King Institute of Preventive Medicine Micro-Biological Section reports 1909-11
Year: 1909
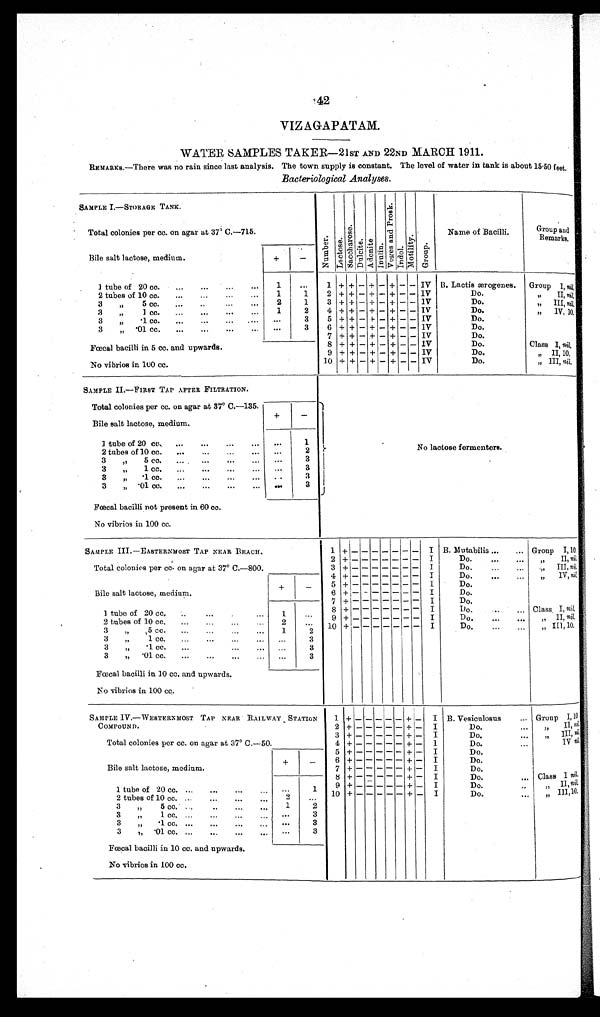
42
42
42
VIZAGAPATAM.
WATER SAMPLES TAKER—21ST AND 22ND MARCH 1911.
REMARKS.—There was no rain since last analysis. The town supply is constant. The level of water in tank is about 15.50 feet.
Bacteriological Analyses.
SAMPLE I.—STORAGE TANK .
N u m b e r . La c t o s e .
Sa c c h a r o s e .
D u l c i t e .
Ad o n i t e .
Inul i n.
V o g e s a n d P r o s k .
Indol.Mo t i l i t y.
• G r o u p .
Name of Bacilli.
Group
and Remarks.
Total colonies per cc. on agar at 37° C.—715.
Bile salt lactose, medium.
+
-
1 tube of 20 cc.
...
...
...
. . .
1
...
1 + + - + - + - – IV B. Lactis ærogenes. Group I , n i l .
2 tubes of 10 cc.
...
...
. . .
1
1
2 + + - + - + - - IV
Do.
,,.II, n i l .
3 „ 5 cc.
...
. . .
2
1
3 + + - + - + - – IV
Do.
,,.IIIn i l .
3 „
1 cc.
...
...
...
1
2
4 + + - + - + - - IV
Do.
„ IV, 10.
3 „ .1 cc.
...
...
... . . .
. . .
3
5 + + - - - + - - IV
Do.
3 „ .01 cc.
...
...
...
...
. . .
3
6 + + - + - - + - IV
Do.
7 + + - + - + - - IV
Do.
Fœcal bacilli in 5 cc. and upwards
8 + + - + - + - - IV
Do.
Class I, nil.
9
+ + - + - +
-
-
IV
Do.
„ II, 10.
No Vibrios in 100 .cc
10 + + - + - + - - IV
Do.
„ III, n i l .
SAMPLE II.—FIRST TAP AFTER FILTRATION.
No lactose fermenters.
Total colonies per cc. on agar at 37° C.—135.
+
-
Bile salt lactose, medium.
1 tube of 20 cc. ... ... ...
...
1
2 tubes of 10 cc.
...
...
...
. . .
2
3 „ 5 cc.
...
...
...
...
3
3 „
1 cc.
...
...
...
...
3
3 „ .1 cc.
...
...
...
...
. . . 3
3 „ .01 cc.
...
...
...
...
3
Fœcal bacilli not present in 60 cc.
No vibrios in 100 cc.
SAMPLE III.—EASTERNMOST TAP NEAR BEACH.
1 + -
- - - - - - I B. Mutabilis...
... Group I,10.
2 + -
- - - - - - I
Do.
...
...
„ II, nil.
Total colonies per cc on agar at 37° C.—800.
3 + -
- - - - - - I
Do.
...
... „ III, nil.
Bile salt lactose, medium.
+
-
4 + -
- - - - - - I
Do.
...
,..
„ IV, ni l .
5 + -
- - - - - - I
Do.
6 +
- - - - - - - I
Do.
1 tube of 20 cc. .. ... ... ...
1
. . .
7 + -
- - - - - - I
Do.
8 + -
- - - - - - I
Do.
...
... Class I, n i l .
9 + -
- - - - - - I
Do.
„ I I ,
n i l .
2 tubes of 10 cc.
...
...
...
2
. . .
10 + -
- - - - - - I
Do.
„ I I I , 1 0 .
3 „
5 cc
...
...
... 1
2
3 „ 1 cc.
...
...
... ...
. . .
3
3 „ .1 cc.
. . .
3
3 „ .01 cc.
...
...
...
...
. . .
3
Fœcal bacilli in 10 cc. and upwards.
No vibrios in 100 cc.
SAMPLE IV.—WESTERNMOST TAP NEAR RAILWAY STATION
COMPOUND.
1
+ - - - - - + - I B. Vesiculosus
..- Group I ,10.
2 + - - - - - + - I
Do.
„ I I ,
n i l .
3
+ - - - - - + - I
Do.
„ I I I ,
n i l .
Total colonies per cc. on agar at 37° C.—50.
4 + - - - - - + - I
Do.
...
„ I V
n i l .
5
+ - - - - - - - I
Do.
6
+ - - - - - + - I
Do.
Bile salt lactose, m e d i u m .
+ -
7
+ - - - - - + - I
Do.
8 + - - - - - + - I
Do. Class I nil.
1 tube of 20 cc. ...
...
...
...
. . .
1
9 + - - - - - + - I
Do.
„ II,n i l
.
10 + - - - - - + - I
Do.
„ III,10.
2 tubes of 10 cc.
...
...
...
2
. . .
3 „
5 cc.
. . . ...
...
1
2
3 „ 1 cc. ...
...
...
...
. . .
3
3 „ .1 cc. ...
...
...
...
. . .
3
3 „ .01 cc. ...
...
...
...
. . .
3
Fœcal bacilli in 10 cc. and upwards.
No vibrios in 100 cc.